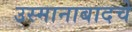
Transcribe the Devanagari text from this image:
उस्मानाबादचे